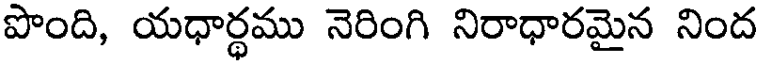
పొంది, యధార్థము నెరింగి నిరాధారమైన నింద